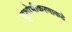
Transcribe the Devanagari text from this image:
सुशोभीकरणाकडे